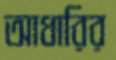
আধারির